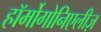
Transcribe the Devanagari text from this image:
हॉर्मोगोनिएलीज़